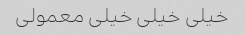
خیلی خیلی خیلی معمولی